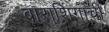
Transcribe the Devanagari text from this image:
बाराशिंगाची